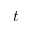
t